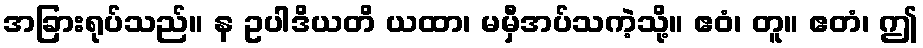
အခြားရုပ်သည်။ န ဥပါဒိယတိ ယထာ၊ မမှီအပ်သကဲ့သို့။ ဧဝံ၊ တူ။ ဧတံ၊ ဤ